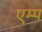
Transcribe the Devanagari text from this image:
एम्प